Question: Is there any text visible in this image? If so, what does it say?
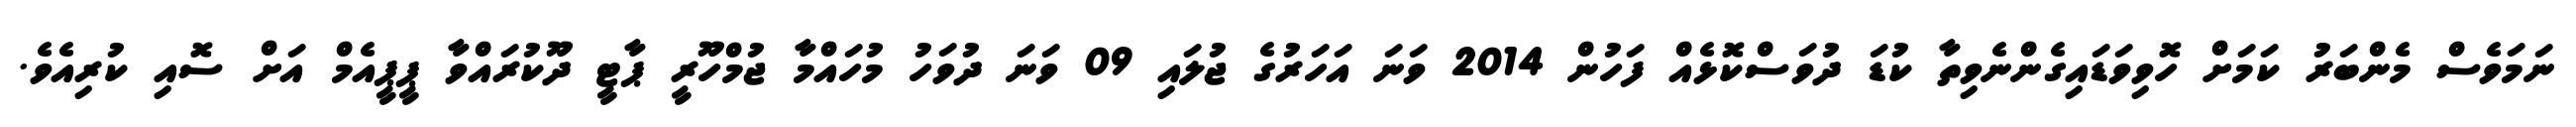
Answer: ނަމަވެސް މެންބަރު ކަމަށް ހޮވިވަޑައިގެންނެވިތާ ކުޑަ ދުވަސްކޮޅެއް ފަހުން 2014 ވަނަ އަހަރުގެ ޖުލައި 09 ވަނަ ދުވަހު މުހައްމާ ޖުމްހޫރީ ޕާޓީ ދޫކުރައްވާ ޕީޕީއެމް އަށް ސޮއި ކުރިއެވެ.